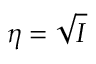
\eta = \sqrt { I }